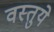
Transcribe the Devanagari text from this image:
वस्तुये